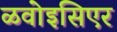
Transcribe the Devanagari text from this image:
ळवोइसिएर